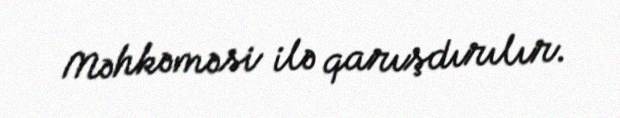
Məhkəməsi ilə qarışdırılır.